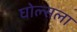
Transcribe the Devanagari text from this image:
घोल्सला